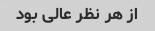
از هر نظر عالی بود